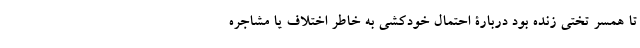
تا همسر تختی زنده بود دربارۀ احتمال خودکشی به خاطر اختلاف یا مشاجره